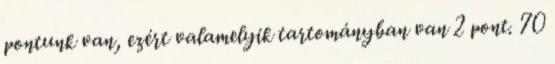
pontunk van, ezért valamelyik tartományban van 2 pont. 70